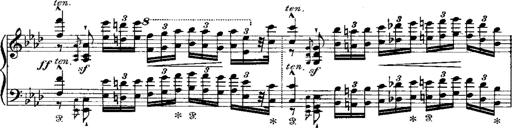
Title: Miserere du Trovatore
Composer: Franz Liszt